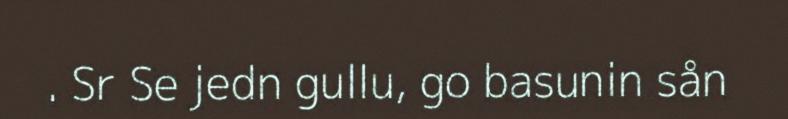
. Sr Se jedn gullu, go basunin sån